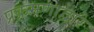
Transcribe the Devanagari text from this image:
प्रक्रमणाद्वारे